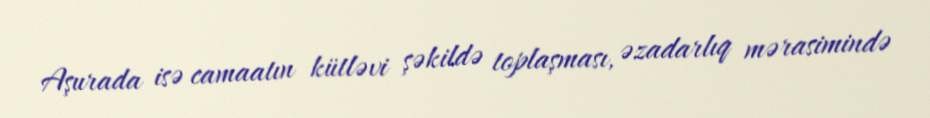
Aşurada isə camaatın kütləvi şəkildə toplaşması, əzadarlıq mərasimində